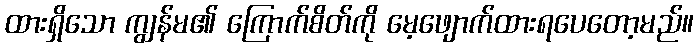
ထားရှိသော ကျွန်မ၏ ကြောက်စိတ်ကို မေ့ဖျောက်ထားရပေတော့မည်။